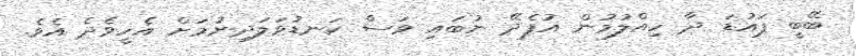
ބޭބީ ޕައުޑަ ދާ ހިއްލުމުން އުފެދޭ ނުބައި ވަސް ކަނޑުވަލަދިނުމަށް އެހީވެދެ އެވެ.